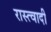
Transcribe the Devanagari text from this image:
रास्त्वादी